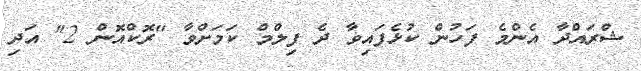
ޝްރައްދާ އެންމެ ފަހުން ކުޅެފައިވާ ދެ ފިލްމް ކަމަށްވާ "ރޮކްއޮން 2" އަދި